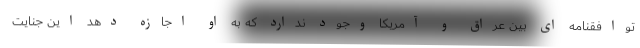
توافقنامه ای بین عراق و آمریکا وجود ندارد که به او اجازه دهد این جنایت